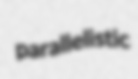
parallelistic